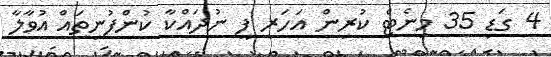
4 ގަޑި 35 މިނެޓް ކުރިން އަހަރީ ފީ ނުދައްކާ ކުންފުނިތައް އުވާލާ